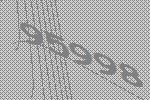
95998